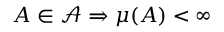
A \in { \mathcal { A } } \Rightarrow \mu ( A ) < \infty